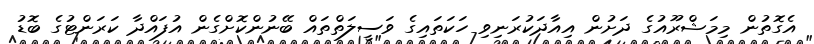
އެގޮތުން މިމަޝްރޫއުގެ ދަށުން އިއާދަކުރަނިވި ހަކަތައިގެ ވަސީލަތްތައް ބޭނުންކޮށްގެން އުފައްދާ ކަރަންޓުގެ ބޮޑު